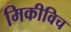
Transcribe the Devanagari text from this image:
मिकीविच